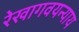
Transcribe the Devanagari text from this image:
रेखागवयन्याय